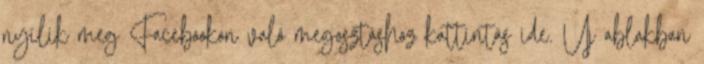
nyílik meg Facebookon való megosztáshoz kattintás ide. Új ablakban